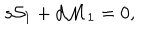
s { \cal S } _ { 1 } + d { \cal M } _ { 1 } = 0 ,